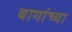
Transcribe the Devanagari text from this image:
बागांच्या